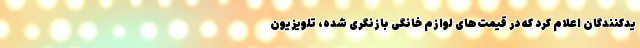
یدکنندگان اعلام کرد که در قیمت‌های لوازم خانگی بازنگری شده، تلویزیون